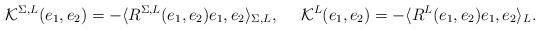
LaTeX: \begin{align*}\mathcal{K}^{\Sigma,L}(e_1,e_2)=-\langle R^{\Sigma,L}(e_1,e_2)e_1,e_2\rangle_{\Sigma,L},~~~~\mathcal{K}^{L}(e_1,e_2)=-\langle R^{L}(e_1,e_2)e_1,e_2\rangle_L.\end{align*}